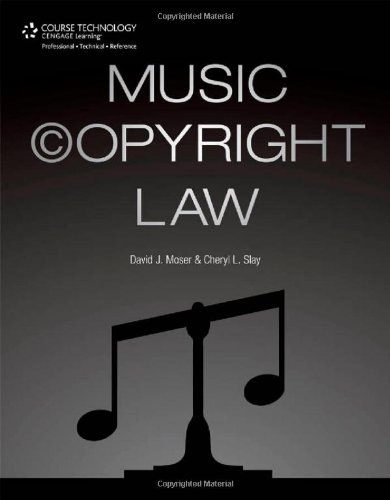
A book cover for Music Copyright Law; David J. Moser; Arts & Photography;